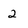
Character: 2